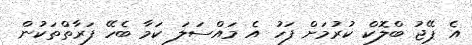
އެ ޕޭޖު ބްލޮކް ކުރުމަށް ފަހު އެ މައްސަލަ ކަމާ ބެހޭ ފަރާތްތަކުން